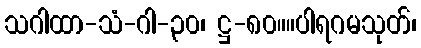
သဂါထာ-သံ-ဂါ-၃၀၊ ဋ္ဌ-၈၀။။ပါရဂမသုတ်၊